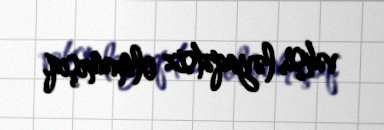
vəhşi, ləyaqətsiz olmamışıq.